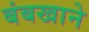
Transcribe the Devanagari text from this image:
बंबखाने